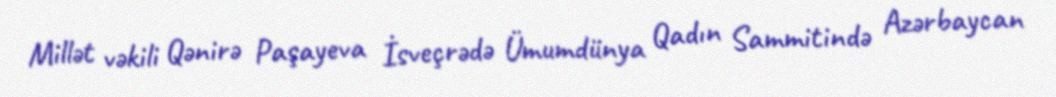
Millət vəkili Qənirə Paşayeva İsveçrədə Ümumdünya Qadın Sammitində Azərbaycan